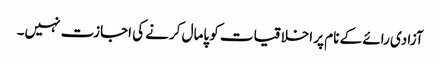
آزادی رائے کے نام پر اخلاقیات کو پامال کرنے کی اجازت نہیں۔